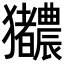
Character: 𬍎